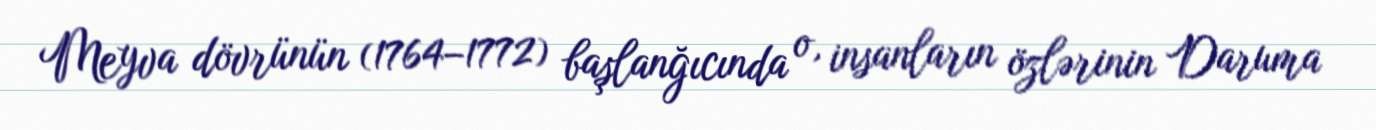
Meyva dövrünün (1764–1772) başlanğıcında o, insanların özlərinin Daruma